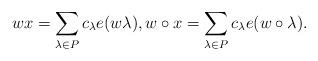
LaTeX: \begin{align*}wx=\sum_{\lambda\in P}c_\lambda e(w\lambda),w\circ x=\sum_{\lambda\in P}c_\lambda e(w\circ\lambda).\end{align*}